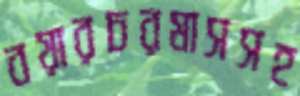
বয়ারচরমাসসহ